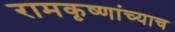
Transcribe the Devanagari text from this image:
रामकृष्णांच्याच